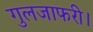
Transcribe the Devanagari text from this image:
गुलजाफरी।